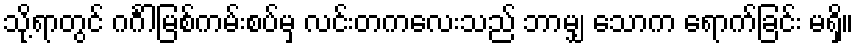
သို့ရာတွင် ဂင်္ဂါမြစ်ကမ်းစပ်မှ လင်းတကလေးသည် ဘာမျှ သောက ရောက်ခြင်း မရှိ။